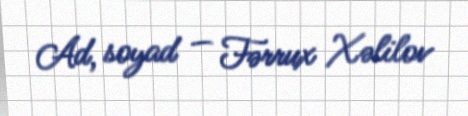
Ad, soyad — Fərrux Xəlilov